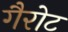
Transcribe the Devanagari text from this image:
गैरोट